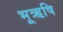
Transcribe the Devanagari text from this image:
भूऋषि